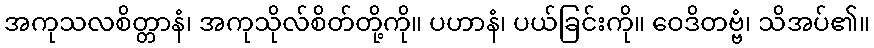
အကုသလစိတ္တာနံ၊ အကုသိုလ်စိတ်တို့ကို။ ပဟာနံ၊ ပယ်ခြင်းကို။ ဝေဒိတဗ္ဗံ၊ သိအပ်၏။